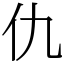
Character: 仇